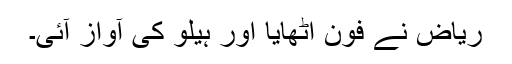
ریاض نے فون اٹھایا اور ہیلو کی آواز آئی۔